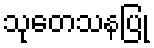
သုတေသနပြု